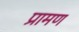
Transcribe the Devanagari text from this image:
प्रामण